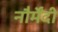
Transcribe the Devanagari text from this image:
नौर्मेंदी